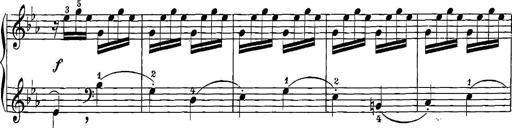
Title: 12 Sonatinas
Composer: Ignaz Pleyel